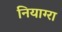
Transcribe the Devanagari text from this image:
नियाग्‍रा